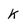
Character: k